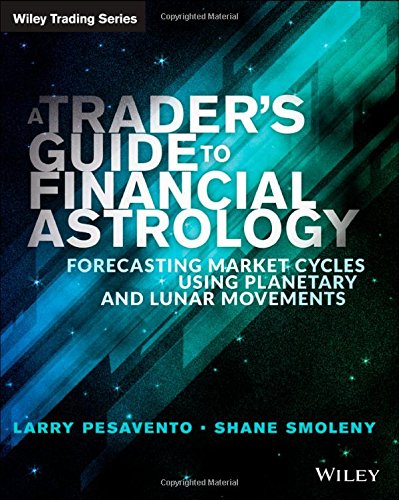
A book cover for A Traders Guide to Financial Astrology: Forecasting Market Cycles Using Planetary and Lunar Movements (Wiley Trading); Larry Pasavento; Business & Money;